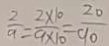
\frac { 2 } { 9 } = \frac { 2 \times 1 0 } { 9 \times 1 0 } = \frac { 2 0 } { 9 0 }